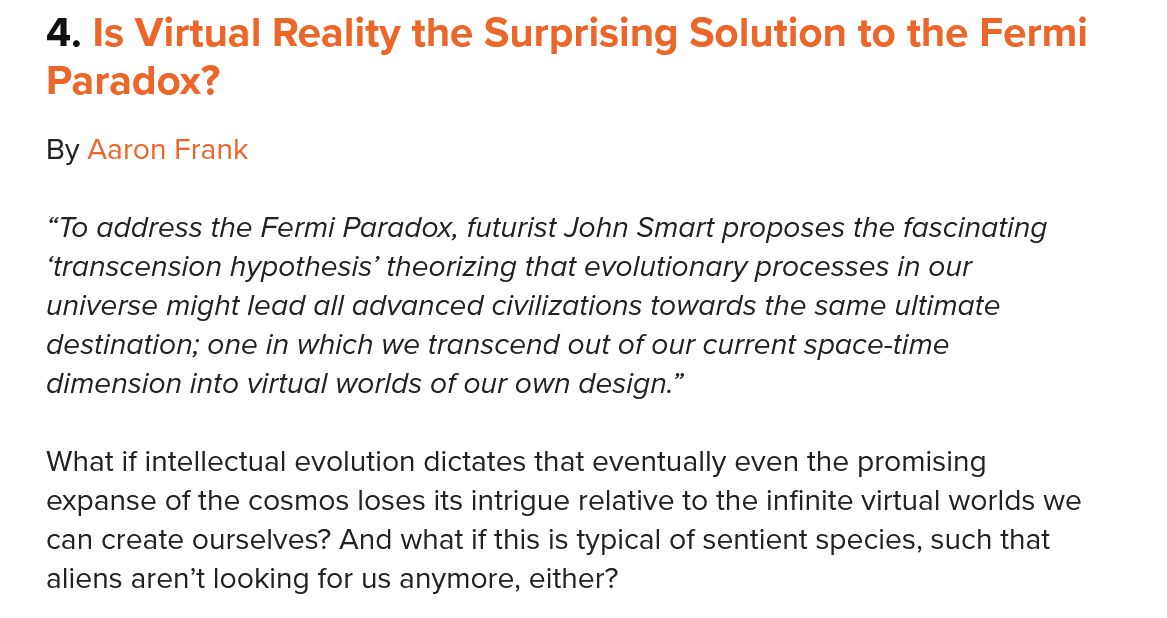
4. Is Virtual  Reality  the  Surprising    Solution    to the  Fermi
    Paradox?
    By Aaron Frank
    “To address the Fermi Paradox, futurist John Smart proposes the fascinating
    ‘transcension hypothesis’ theorizing that evolutionary processes in our
    universe might lead all advanced civilizations towards the same ultimate
    destination; one in which we transcend out of our current space-time
    dimension into virtual worlds of our own design.”
    What if intellectual evolution dictates that eventually even the promising
    expanse of the cosmos loses its intrigue relative to the infinite virtual worlds we
    can create ourselves? And what if this is typical of sentient species, such that
    aliens aren’t looking for us anymore, either?